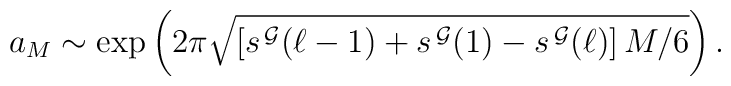
a_M \sim \exp\left(2 \pi \sqrt{\left[s^{\, \cal G}(\ell-1)+ s^{\, \cal G}(1)- s^{\, \cal G}(\ell)  \right]M/6}\right).